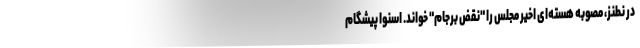
در نطنز، مصوبه هسته‌ای اخیر مجلس را "نقض برجام" خواند. اسنوا پیشگام